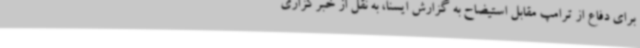
برای دفاع از ترامپ مقابل استیضاح به گزارش ایسنا، به نقل از خبرگزاری